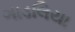
ગાડલિયા